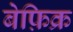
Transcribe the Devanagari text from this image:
बेफ़िक्र